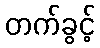
တက်ခွင့်